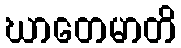
ဃာတေမာတိ